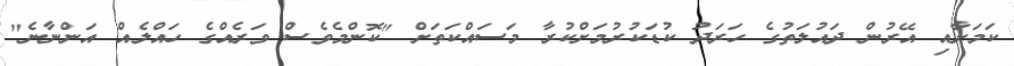
ކަމަށާއި އޭރުން ދައުލަތުގެ ހަރަދު ކުޑަކުރުމަށްކުރާ މަސައްކަތަށް "ކޮންމެވެސް ވަރެއްގެ ހައްލެއް އަންނާނެ"